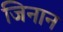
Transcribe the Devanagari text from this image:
जिनान